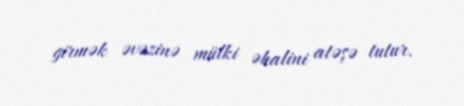
girmək əvəzinə mülki əhalini atəşə tutur.